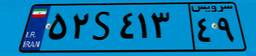
۱۵S۲۶۵۴۱